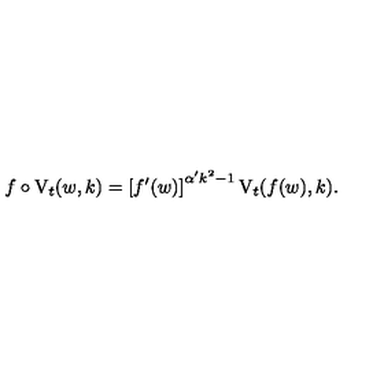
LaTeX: f \circ \mathrm { V } _ { t } ( w , k ) = \left[ f ^ { \prime } ( w ) \right] ^ { \alpha ^ { \prime } k ^ { 2 } - 1 } \mathrm { V } _ { t } ( f ( w ) , k ) .